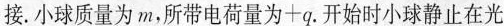
接.小球质量为m，所带电荷量为+q。开始时小球静止在光